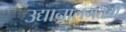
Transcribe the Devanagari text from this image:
उद्यानालगतची